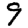
Digit: 9